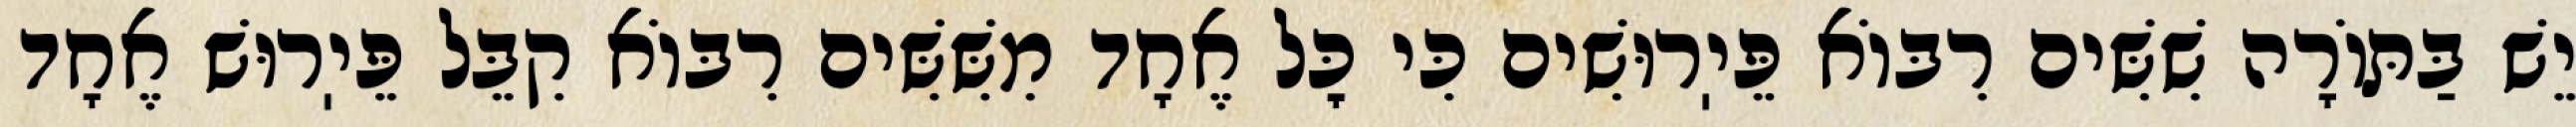
יֵשׁ בַּתּוֹרָה שִׁשִּׁים רִבּוֹא פֵּיֽרוּשִׁים כִּי כׇּל אֶחָד מִשִּׁשִּׁים רִבּוֹא קִבֵּל פֵּיֽרוּשׁ אֶחָד